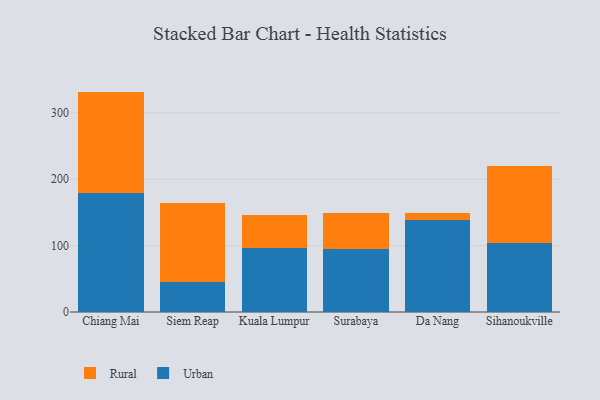
{"axis": {"x": "City", "y": "Latency (ms)"}, "legend": ["Rural", "Urban"], "data": [{"x": "Chiang Mai", "y": 179.1, "type": "Urban"}, {"x": "Chiang Mai", "y": 152.9, "type": "Rural"}, {"x": "Siem Reap", "y": 44.8, "type": "Urban"}, {"x": "Siem Reap", "y": 118.7, "type": "Rural"}, {"x": "Kuala Lumpur", "y": 96.3, "type": "Urban"}, {"x": "Kuala Lumpur", "y": 50.3, "type": "Rural"}, {"x": "Surabaya", "y": 94.7, "type": "Urban"}, {"x": "Surabaya", "y": 54.7, "type": "Rural"}, {"x": "Da Nang", "y": 138.1, "type": "Urban"}, {"x": "Da Nang", "y": 11.4, "type": "Rural"}, {"x": "Sihanoukville", "y": 103.4, "type": "Urban"}, {"x": "Sihanoukville", "y": 116.6, "type": "Rural"}]}